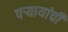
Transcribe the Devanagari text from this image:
पऱ्यायांची